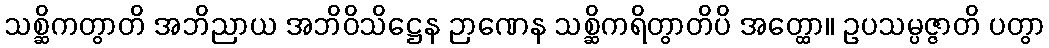
သစ္ဆိကတွာတိ အဘိညာယ အဘိဝိသိဋ္ဌေန ဉာဏေန သစ္ဆိကရိတွာတိပိ အတ္ထော။ ဥပသမ္ပဇ္ဇာတိ ပတွာ